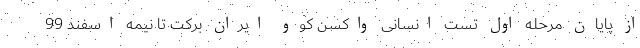
از پایان مرحله اول تست انسانی واکسن کوو ایران برکت تا نیمه اسفند 99